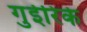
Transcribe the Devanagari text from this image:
गुईरिके